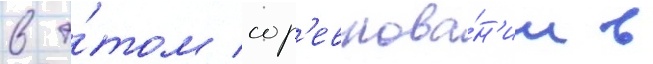
в э́том сор'евнова́н'ии в